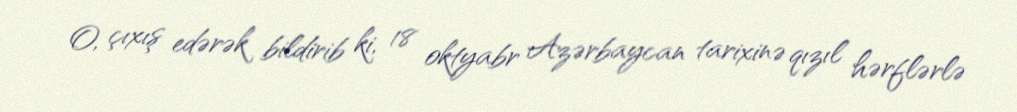
O, çıxış edərək bildirib ki, 18 oktyabr Azərbaycan tarixinə qızıl hərflərlə